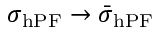
\sigma _ { \mathrm { h P F } } \rightarrow \bar { \sigma } _ { \mathrm { h P F } }